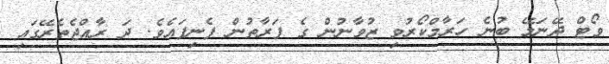
ވޯޓް ދޭނަމޭ ބުނެ ހަރާމްކޯރުވި ޒުވާނުން ގެ ފަރާތުން ފެނިފައެވެ. ދަ ރާއްޖެތެރޭގައި